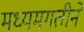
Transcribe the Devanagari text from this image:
मध्यमगतीने